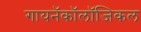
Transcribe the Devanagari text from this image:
गायनॅकॉलॉजिकल